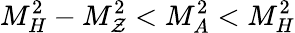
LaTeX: M_{H}^{2}-M_{\mathcal{Z}}^{2}<M_{A}^{2}<M_{H}^{2}